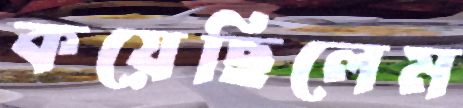
কয়েছিলেম